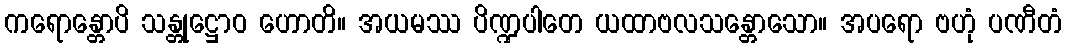
ကရောန္တောပိ သန္တုဋ္ဌောဝ ဟောတိ။ အယမဿ ပိဏ္ဍပါတေ ယထာဗလသန္တောသော။ အပရော ဗဟုံ ပဏီတံ